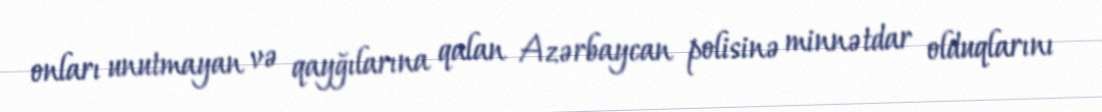
onları unutmayan və qayğılarına qalan Azərbaycan polisinə minnətdar olduqlarını